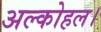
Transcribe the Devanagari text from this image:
अल्कोहल।